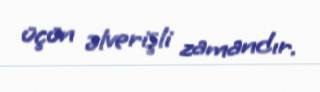
üçün əlverişli zamandır.